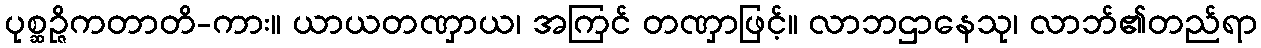
ပုစ္ဆဉ္ဇိကတာတိ-ကား။ ယာယတဏှာယ၊ အကြင် တဏှာဖြင့်။ လာဘဌာနေသု၊ လာဘ်၏တည်ရာ